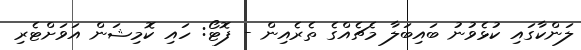
ލަންކާގައި ކުޅެވުނު ބައިބަލާ މެޗެއްގެ ތެރެއިން - ފޮޓޯ: ހައި ކޮމިޝަން އަވަށްޓެރި